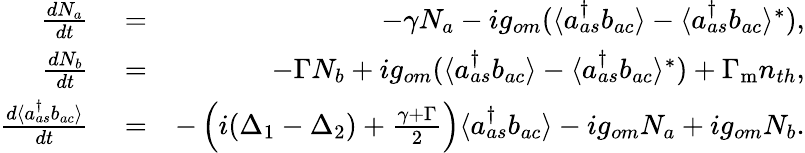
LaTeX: \begin{array}{rlr}{\frac{dN_{a}}{dt}}&{{}=}&{-\gamma N_{a}-ig_{om}(\langle a_{as}^{\dagger}b_{ac}\rangle-\langle a_{as}^{\dagger}b_{ac}\rangle^{*}),}\\ {\frac{dN_{b}}{dt}}&{{}=}&{-\Gamma N_{b}+ig_{om}(\langle a_{as}^{\dagger}b_{ac}\rangle-\langle a_{as}^{\dagger}b_{ac}\rangle^{*})+\Gamma_{\mathrm{m}}n_{th},}\\ {\frac{d\langle a_{as}^{\dagger}b_{ac}\rangle}{dt}}&{{}=}&{-\left(i(\Delta_{1}-\Delta_{2})+\frac{\gamma+\Gamma}{2}\right)\langle a_{as}^{\dagger}b_{ac}\rangle-ig_{om}N_{a}+ig_{om}N_{b}.}\end{array}